Veterinary [1909] -
Year: 1909
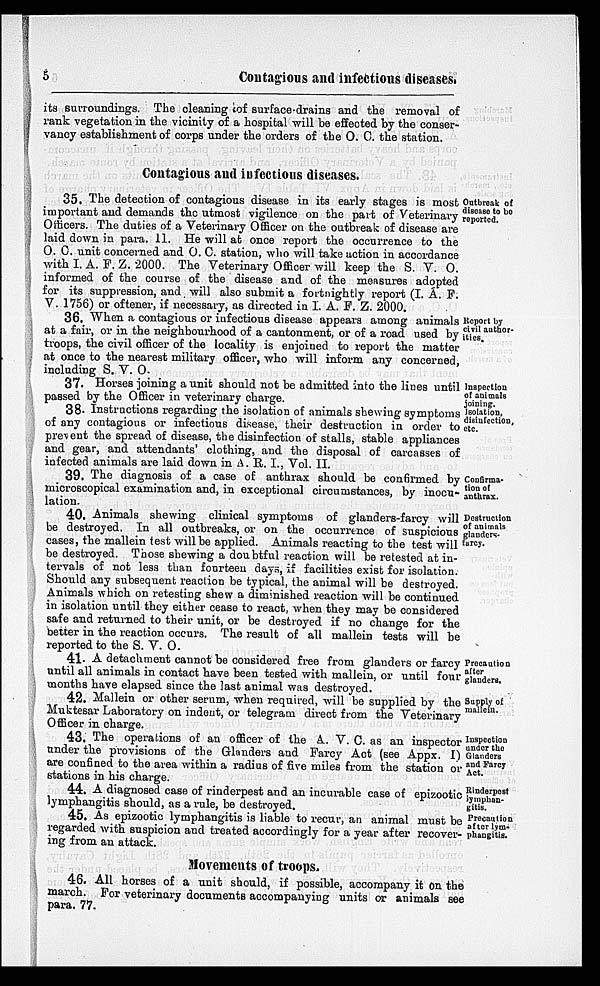
5
Contagious and infectious diseases.
its surroundings. The cleaning of surface-drains and the removal of
rank vegetation in the vicinity of a hospital will be effected by the conser-
vancy establishment of corps under the orders of the O. C. the station.
Contagious and infectious diseases.
Outbreak of
disease to be
reported.
35. The detection of contagious disease in its early stages is most
important and demands the utmost vigilence on the part of Veterinary
Officers. The duties of a Veterinary Officer on the outbreak of disease are
laid down in para. 11. He will at once report the occurrence to the
O. C. unit concerned and O. C. station, who will take action in accordance
with I. A. F. Z. 2000. The Veterinary Officer will keep the S. V. O.
informed of the course of the disease and of the measures adopted
for its suppression, and will also submit a fortnightly report (I. A. F.
V. 1756) or oftener, if necessary, as directed in I. A. F. Z. 2000.
Report by
civil author-
ities.
36. When a contagious or infectious disease appears among animals
at a fair, or in the neighbourhood of a cantonment, or of a road used by
troops, the civil officer of the locality is enjoined to report the matter
at once to the nearest military officer, who will inform any concerned,
including S. V. O.
Inspection
of animals
joining.
Isolation,
disinfection,
etc.
37. Horses joining a unit should not be admitted into the lines until
passed by the Officer in veterinary charge.
38. Instructions regarding the isolation of animals shewing symptoms
of any contagious or infectious disease, their destruction in order to
prevent the spread of disease, the disinfection of stalls, stable appliances
and gear, and attendants' clothing, and the disposal of carcasses of
infected animals are laid down in A. R. I., Vol. II.
Confirma¬
tion of
anthrax.
39. The diagnosis of a case of anthrax should be confirmed by
microscopical examination and, in exceptional circumstances, by inocu-
lation.
Destruction
of animals
glanders¬
farcy.
40. Animals shewing clinical symptoms of glanders-farcy will
be destroyed. In all outbreaks, or on the occurrence of suspicious
cases, the mallein test will be applied. Animals reacting to the test will
be destroyed. Those shewing a doubtful reaction will be retested at in-
tervals of not less than fourteen days, if facilities exist for isolation.
Should any subsequent reaction be typical, the animal will be destroyed.
Animals which on retesting shew a diminished reaction will be continued
in isolation until they either cease to react, when they may be considered
safe and returned to their unit, or be destroyed if no change for the
better in the reaction occurs. The result of all mallein tests will be
reported to the S. V. O.
Precaution
after
glanders.
41. A detachment cannot be considered free from glanders or farcy
until all animals in contact have been tested with mallein, or until four
months have elapsed since the last animal was destroyed.
Supply of
mallein.
42. Mallein or other serum, when required, will be supplied by the
Muktesar Laboratory on indent, or telegram direct from the Veterinary
Officer in charge.
Inspection
under the
Glanders
and Farcy
Act.
43. The operations of an officer of the A. V. C. as an inspector
under the provisions of the Glanders and Farcy Act (see Appx. I)
are confined to the area within a radius of five miles from the station or
stations in his charge.
Rinderpest
lymphan-
gitis.
44. A diagnosed case of rinderpest and an incurable case of epizootic
lymphangitis should, as a rule, be destroyed.
Precaution
after lym-
phangitis.
45. As epizootic lymphangitis is liable to recur, an animal must be
regarded with suspicion and treated accordingly for a year after recover-
ing from an attack.
Movements of troops.
46. All horses of a unit should, if possible, accompany it on the
march. For veterinary documents accompanying units or animals see
para. 77.